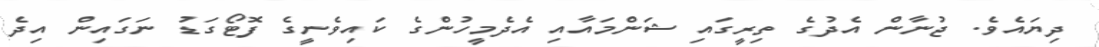
ދިޔައެވެ. ޖުނާން އެދުގެ ތިރީގައި ޝަންމައާއި އެދެމީހުންގެ ކައިވެނީގެ ފޮޓޯގަޑު ނަގައިން އިދެ